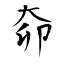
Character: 奅